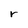
Character: r